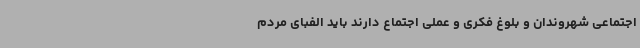
اجتماعی شهروندان و بلوغ فکری و عملی اجتماع دارند باید الفبای مردم